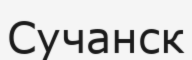
Сучанск